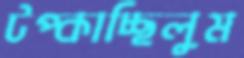
টপ্‌কাচ্ছিলুম